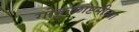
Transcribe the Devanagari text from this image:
गोकुळाष्टमीच्या